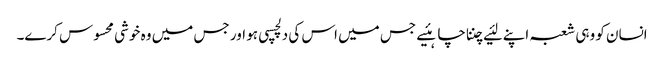
انسان کو وہی شعبہ اپنے لئیے چننا چاہئیے جس میں اس کی دلچسپی ہو اور جس میں وہ خوشی محسوس کرے۔